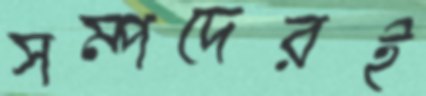
সম্পদেরই